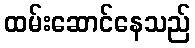
ထမ်းဆောင်နေသည်